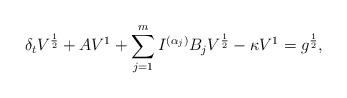
\begin{align*} \delta_tV^{\frac{1}{2}} + AV^{1} &+ \sum\limits_{j=1}^m I^{(\alpha_j)} B_jV^{\frac{1}{2}} - \kappa V^{1} = g^{\frac{1}{2}}, \end{align*}